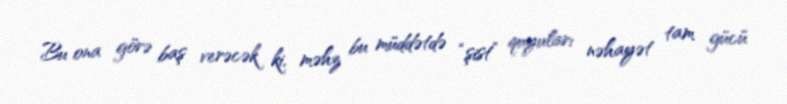
Bu ona görə baş verəcək ki, məhz bu müddətdə “şist” quyuları nəhayət tam gücü